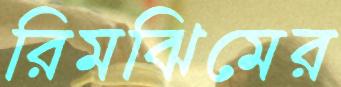
রিমঝিমের